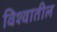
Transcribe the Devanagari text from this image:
विश्‍वातील